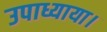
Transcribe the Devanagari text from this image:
उपाध्याया।